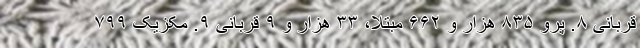
قربانی ۸. پرو ۸۳۵ هزار و ۶۶۲ مبتلا، ۳۳ هزار و ۹ قربانی ۹. مکزیک ۷۹۹